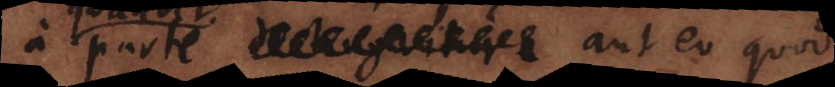
a parte aut eo quod